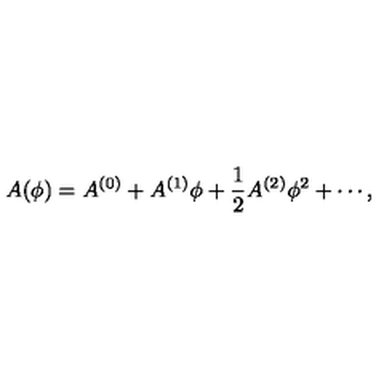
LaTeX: A ( \phi ) = A ^ { ( 0 ) } + A ^ { ( 1 ) } \phi + \frac 1 2 A ^ { ( 2 ) } \phi ^ { 2 } + \cdots ,